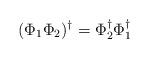
LaTeX: \begin{align*}(\Phi_1 \Phi_2)^\dagger = \Phi_2^\dagger \Phi_1^\dagger\end{align*}